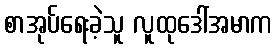
စာအုပ်ရေးခဲ့သူ လူထုဒေါ်အမာက